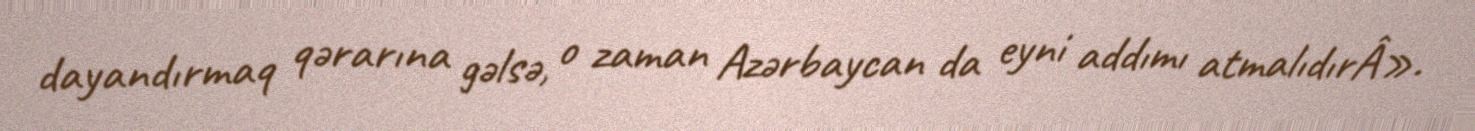
dayandırmaq qərarına gəlsə, o zaman Azərbaycan da eyni addımı atmalıdırÂ».